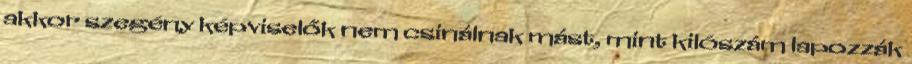
akkor szegény képviselők nem csinálnak mást, mint kilószám lapozzák